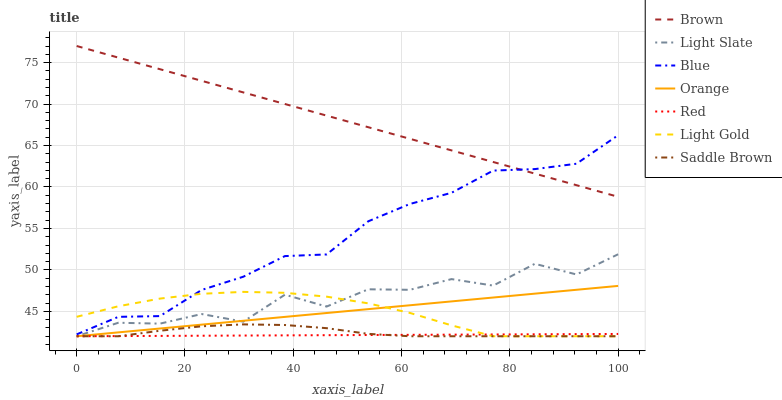
| xaxis_label | Brown | Light Slate | Blue | Orange | Red | Light Gold | Saddle Brown |
 | --- | --- | --- | --- | --- | --- | --- | --- |
 | 0 | 77 | 42 | 42.2 | 42 | 42 | 44.3 | 42 |
 | 7.69 | 75.6 | 43.6 | 44.3 | 42.5 | 42 | 45.6 | 42 |
 | 15.4 | 74.2 | 43.5 | 44.4 | 42.9 | 42 | 46.5 | 42.7 |
 | 23.1 | 72.8 | 44.7 | 47.6 | 43.4 | 42.1 | 47.1 | 43.2 |
 | 30.8 | 71.4 | 43.8 | 49.2 | 43.9 | 42.1 | 47.4 | 43.4 |
 | 38.5 | 70 | 47 | 51.7 | 44.3 | 42.1 | 47.2 | 43.4 |
 | 46.2 | 68.6 | 45.6 | 51.9 | 44.8 | 42.1 | 46.8 | 43 |
 | 53.8 | 67.2 | 47.7 | 55.9 | 45.3 | 42.1 | 46 | 42.3 |
 | 61.5 | 65.8 | 47.6 | 58 | 45.7 | 42.2 | 44.8 | 42 |
 | 69.2 | 64.4 | 48.9 | 59.3 | 46.2 | 42.2 | 43.3 | 42 |
 | 76.9 | 63 | 48.1 | 62 | 46.7 | 42.2 | 42 | 42 |
 | 84.6 | 61.6 | 50.7 | 62.2 | 47.1 | 42.2 | 42 | 42 |
 | 92.3 | 60.2 | 49.5 | 62.8 | 47.6 | 42.3 | 42 | 42 |
 | 100 | 58.8 | 51.9 | 66.2 | 48.1 | 42.3 | 42 | 42 |